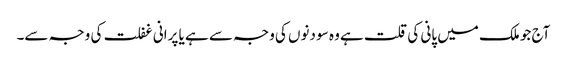
آج جو ملک میں پانی کی قلت ہے وہ سو دنوں کی وجہ سے ہے یا پرانی غفلت کی وجہ سے۔